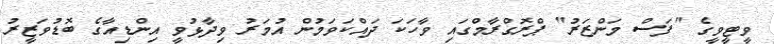
ވީޓީވީގެ "ފަސް މަންޒަރު" ޕްރޮގްރާމްގައި ވާހަކަ ދައްކަވަމުން އުމަރު ވިދާޅުވީ އިންޑިއާގެ ބޮޑުވަޒީރު